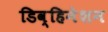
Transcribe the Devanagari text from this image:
डिव्हिनेशन